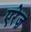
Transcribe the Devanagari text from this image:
एरेज़